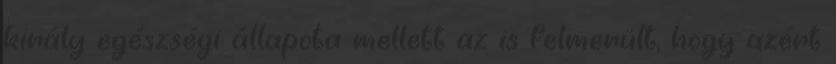
király egészségi állapota mellett az is felmerült, hogy azért